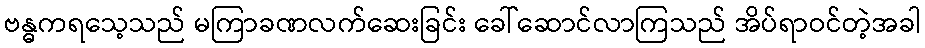
ဗန္ဓကရသေ့သည် မကြာခဏလက်ဆေးခြင်း ခေါ်ဆောင်လာကြသည် အိပ်ရာဝင်တဲ့အခါ